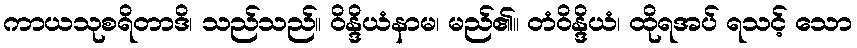
ကာယသုစရိတာဒိ၊ သည်သည်။ ဝိန္ဒိယံနာမ၊ မည်၏။ တံဝိန္ဒိယံ၊ ထိုရအပ် ရသင့် သော